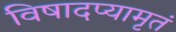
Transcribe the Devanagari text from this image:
विषादप्यामृतं